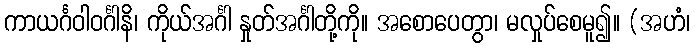
ကာယင်္ဂဝါဝင်္ဂါနိ၊ ကိုယ်အင်္ဂါ နှုတ်အင်္ဂါတို့ကို။ အစောပေတွာ၊ မလှုပ်စေမူ၍။ (အဟံ၊